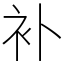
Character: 补